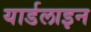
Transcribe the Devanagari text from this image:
यार्डलाइन